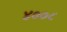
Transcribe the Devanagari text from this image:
४००८